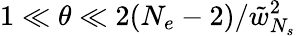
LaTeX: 1\ll\theta\ll 2(N_{e}-2)/\tilde{w}_{N_{s}}^{2}